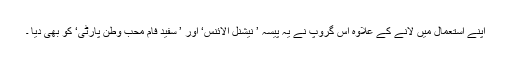
اپنے استعمال میں لانے کے علاوہ اس گروپ نے یہ پیسہ ’ نیشنل الائنس‘ اور ’ سفید فام محب وطن پارٹی‘ کو بھی دیا ۔